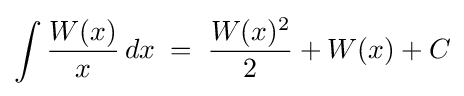
\int {\frac {W(x)}{x}}\,dx\;=\;{\frac {W(x)^{2}}{2}}+W(x)+C